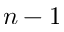
n - 1